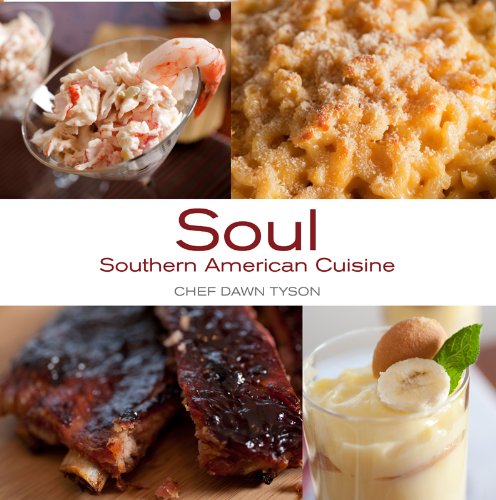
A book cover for Soul Southern American Cuisine; Chef Dawn Tyson; Cookbooks, Food & Wine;